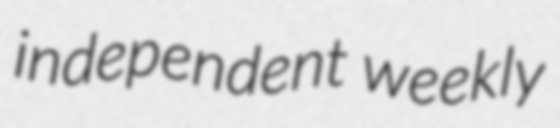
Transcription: independent weekly